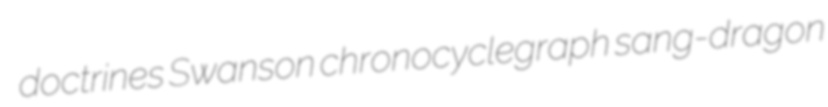
doctrines Swanson chronocyclegraph sang-dragon